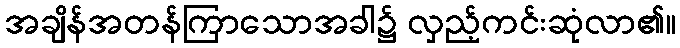
အချိန်အတန်ကြာသောအခါ၌ လှည့်ကင်းဆုံလာ၏။